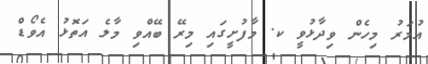
އުމަރު މިހެން ވިދާޅުވީ ކ. މާފުށީގައި މިރޭ ބޭއްވި މާލެ އަތޮޅު އެވޯޑް